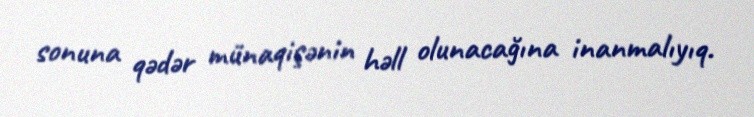
sonuna qədər münaqişənin həll olunacağına inanmalıyıq.